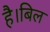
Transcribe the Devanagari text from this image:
है।बिल